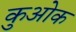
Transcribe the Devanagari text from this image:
कुओक